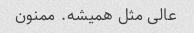
عالی مثل همیشه. ممنون